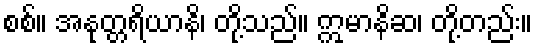
စစ်။ အနုတ္တရိယာနိ၊ တို့သည်။ ဣမာနိဆ၊ တို့တည်း။